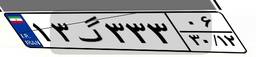
۱۳گ۳۳۳۰۶